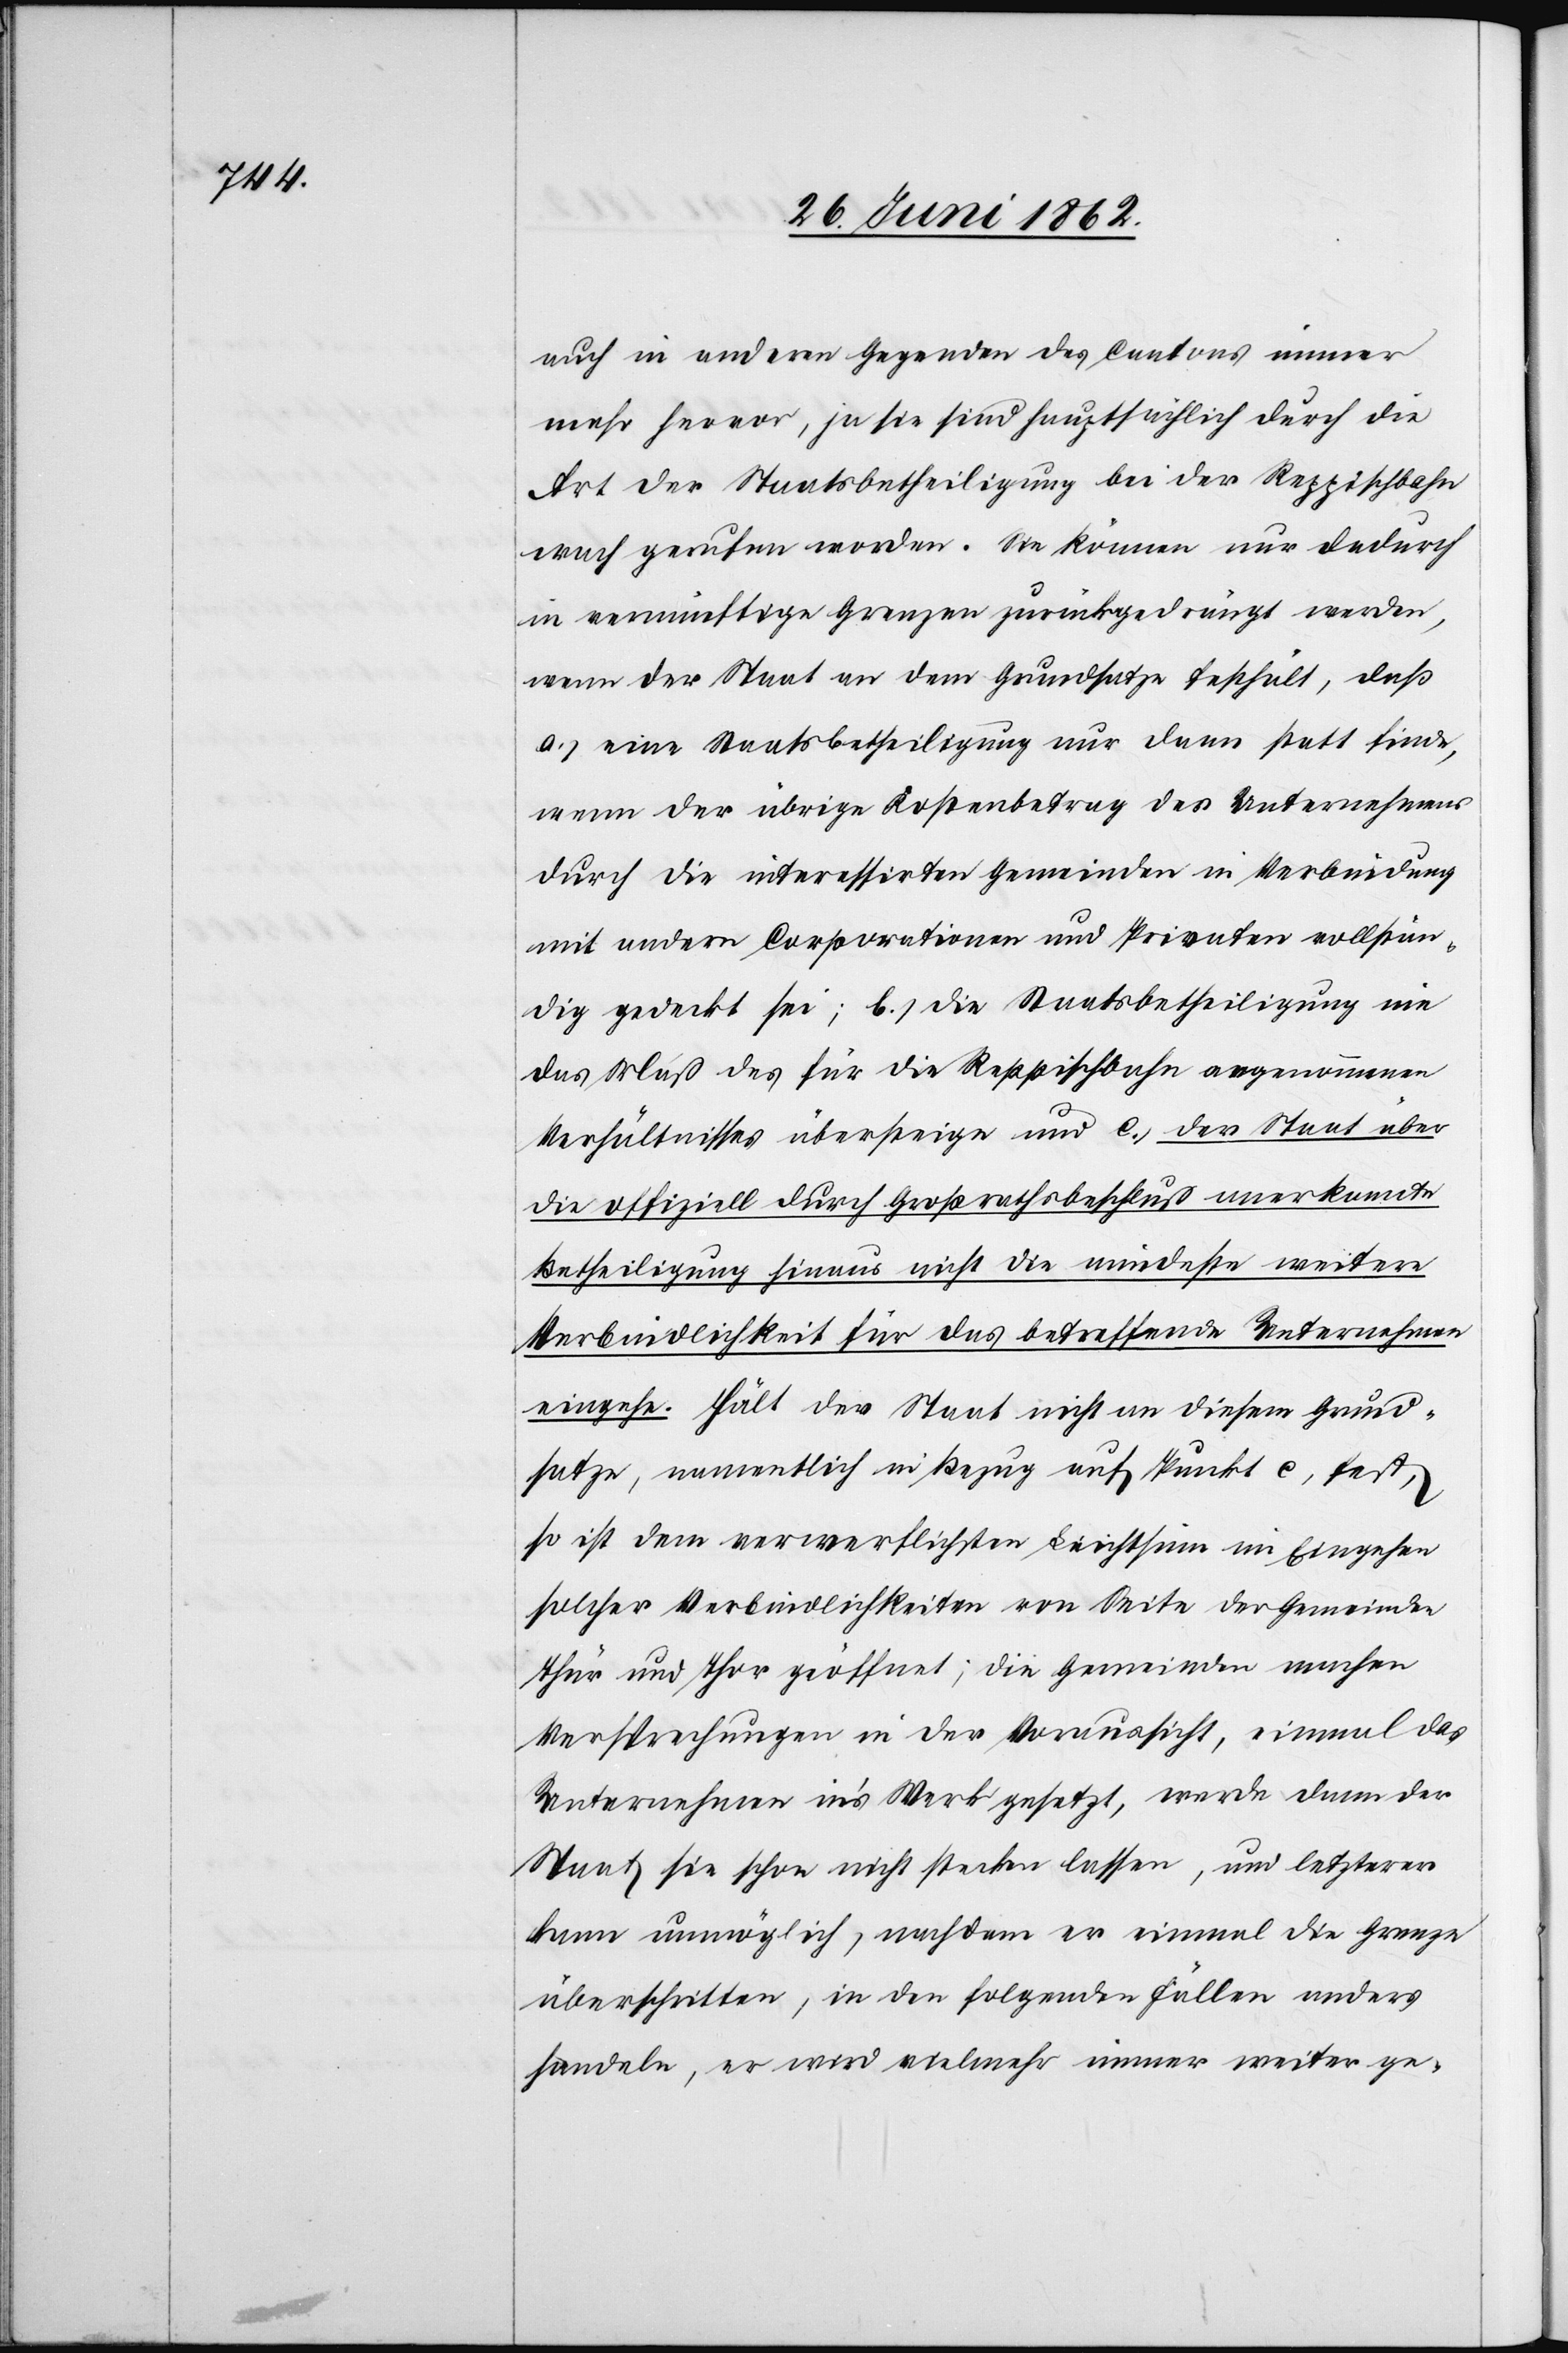
auch in anderen Gegenden des Cantons immer
mehr hervor, ja sie sind hauptsächlich durch die
Art der Staatsbetheiligung bei der Reppischbahn
wach gerufen worden. Sie können nur dadurch
in vernünftige Grenzen zurückgedrängt werden,
wenn der Staat an dem Grundsatze festhält, daß
a) eine Staatsbetheiligung nur dann statt finde,
wenn der übrige Kostenbetrag des Unternehmens
durch die interessirten Gemeinden in Verbindung
mit andern Corporationen und Privaten vollstän¬
dig gedeckt sei; b) die Staatsbetheiligung nie
das Maß der für die Reppischbahn angenommenen
Verhältnisse übersteige und c) der Staat über
die offiziell durch Großrathsbeschluß anerkannte
Betheiligung hinaus nicht die mindeste weitere
Verbindlichkeit für das betreffende Unternehmen
eingehe. Hält der Staat nicht an diesem Grund¬
satze, namentlich in Bezug auf Punkt c, fest,
so ist dem verwerflichsten Leichtsinn im Eingehen
solcher Verbindlichkeiten von Seite der Gemeinde
Thür und Thor geöffnet; die Gemeinden machen
Versprechungen in der Voraussicht, einmal des
Unternehmen in’s Werk gesetzt, werde dann der
Staat sie schon nicht stecken lassen, und letzterer
kann unmöglich, nachdem er einmal die Grenze
überschritten, in den folgenden Fällen anders
handeln, er wird vielmehr immer weiter ge-